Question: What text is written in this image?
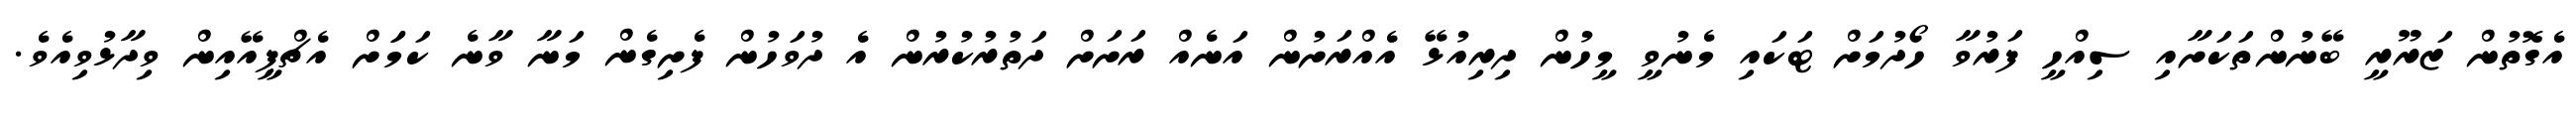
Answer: އެގޮތުން ޒަރޫރީ ބޭނުންތަކަށާއި ސިއްހީ ފަރުވާ ހޯދުމަށް ޓަކައި މެނުވީ މީހުން ދިރިއުޅޭ އެއްރަށުން އަނެއް ރަށަށް ދަތުރުކުރުން އެ ދުވަހުން ފެށިގެން މަނާ ވާނެ ކަމަަށް އެޗްޕީއޭއިން ވިދާޅުވިއެވެ.